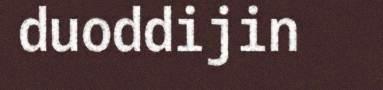
duoddijin